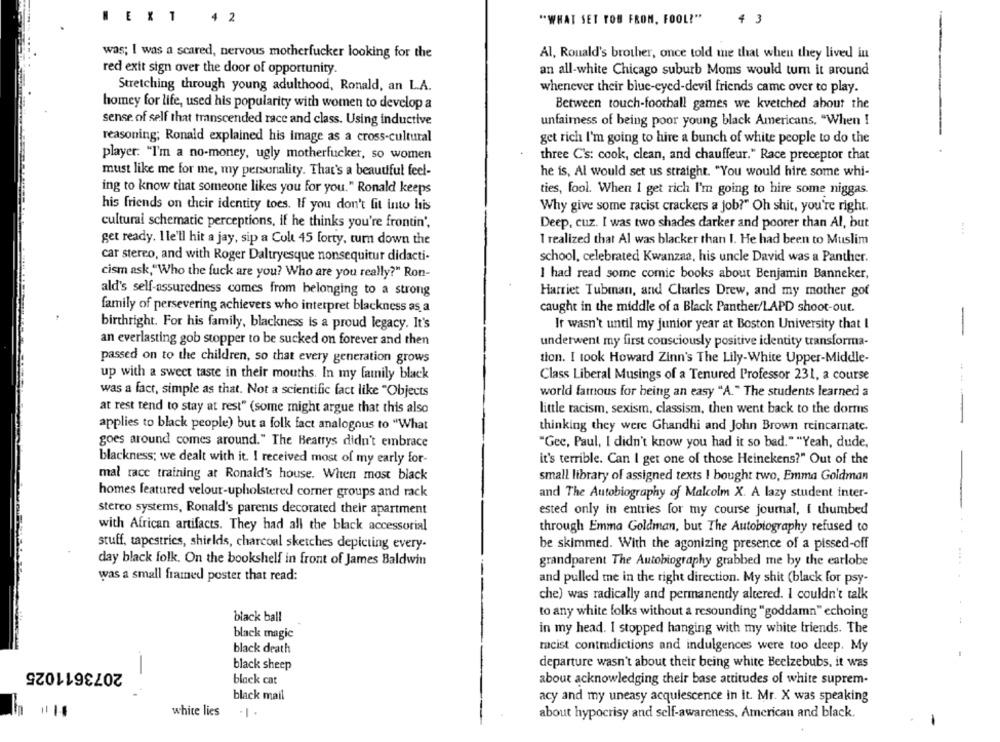
WE X1
4 2
"WHAT SET YOU FROM, FOOL!"
4 3
was; I was a scared, nervous motherfucker looking for the
Al, Ronald's brother, once told me that when they lived in
red exit sign over the door of opportunity.
an all-white Chicago suburb Moms would turn it around
Stretching through young adulthood, Ronald, an L.A.
whenever their blue-eyed-devil friends came over to play.
homey for life, used his popularity with women to develop a
Between touch-football games we kvetched about the
sense of self that transcended race and class. Using inductive
unfairness of being poor young black Americans, "When I
reasoning; Ronald explained his image as a cross-cultural
get rich I'm going to hire a bunch of white people to do the
player: "I'm a no-money, ugly motherfucker, so women
three C's: cook, clean, and chauffeur." Race preceptor that
must like me for me, my personality. That's a beautiful feel-
he is, Al would set us straight. "You would hire some whi-
ing to know that someone likes you for you." Ronald keeps
ties, fool. When I get rich I'm going to hire some niggas.
his friends on their identity toes. If you don't fit into his
Why give some racist crackers a job?" Oh shit, you're right.
cultural schematic perceptions, if he thinks you're frontin',
Deep, cuz. I was two shades darker and poorer than Al, but
get ready. I le'll hit a jay, sip a Colt 45 forty, turn down the
I realized that Al was blacker than 1. He had been to Muslim
car stereo, and with Roger Daltryesque nonsequitur didacti-
school, celebrated Kwanzaa, his uncle David was a Panther.
cism ask,"Who the fuck are you? Who are you really?" Ron-
I had read some comic books about Benjamin Banneker,
ald's self-assuredness comes from belonging to a strong
Harriet Tubman, and Charles Drew, and my mother got
family of persevering achievers who interpret blackness as a
caught in the middle of a Black Panther/LAPD shoot-out.
birthright. For his family, blackness is a proud legacy. It's
Ir wasn't until my junior year at Boston University that I
-
an everlasting gob stopper to be sucked on forever and then
underwent my first consciously positive identity transforma-
passed on to the children, so that every generation grows
tion. I took Howard Zinn's The Lily-White Upper-Middle-
up with a sweet taste in their mouths. In my family black
Class Liberal Musings of a Tenured Professor 231, a course
was a fact, simple as that. Not a scientific fact like "Objects
world famous for being an easy "A." The students learned a
at rest tend to stay at rest" (some might argue that this also
little racism, sexism, classism, then went back to the dorms
applies to black people) but a folk fact analogous to "What
thinking they were Ghandhi and John Brown reincarnate.
goes around comes around." The Beatrys didn't embrace
"Gec, Paul, I didn't know you had it so bad." "Yeah, dude,
blackness; we dealt with it. I received most of my early for-
it's terrible. Can I get one of those Heinekens?" Out of the
mal race training at Ronald's house. When most black
small library of assigned texts I bought two, Emma Goldman
homes featured velour-upholstered corner groups and rack
and The Autobiography of Malcolm X. A lazy student inter-
stereo systems, Ronald's parents decorated their apartment
ested only in entries for my course journal, I thumbed
with African artifacts. They had all the black accessorial
through Emma Goldman, but The Autobiography refused to
stuff, tapestries, shields, charcoal sketches depicting every-
be skimmed. With the agonizing presence of a pissed-off
day black folk. On the bookshelf in front of James Baldwin
grandparent The Autobiography grabbed me by the earlobe
was a small framed poster that read:
and pulled me in the right direction. My shit (black for psy-
che) was radically and permanently altered. I couldn't talk
to any white folks without a resounding "goddamn" echoing
black ball
in my head. I stopped hanging with my white friends. The
black magic
black death
racist contradictions and indulgences were too deep. My
2073611025
black sheep
departure wasn't about their being white Beelzebubs, it was
black cat
about acknowledging their base attitudes of white suprem-
-
black mail
acy and my uneasy acquiescence in it. Mr. X was speaking
white lies
about hypocrisy and self-awareness, American and black.